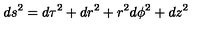
d s ^ { 2 } = d \tau ^ { 2 } + d r ^ { 2 } + r ^ { 2 } d \phi ^ { 2 } + d z ^ { 2 }